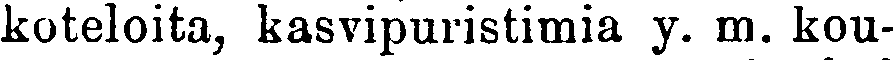
koteloita, kasvipuristimia y. m. kou-